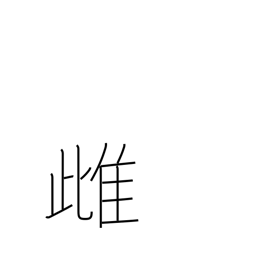
Meaning: feminine